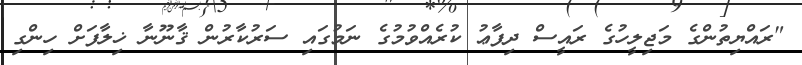
"ރައްޔިތުންގެ މަޖިލީހުގެ ރައީސް ދިފާޢު ކުރެއްވުމުގެ ނަމުގައި ސަރުކާރުން ޤާނޫނާ ޚިލާފަށް ހިންގި